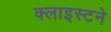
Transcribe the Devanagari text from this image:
क्लाइस्टने